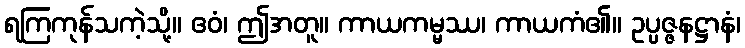
ရကြကုန်သကဲ့သို့။ ဧဝံ၊ ဤအတူ။ ကာယကမ္မဿ၊ ကာယကံ၏။ ဥပ္ပဇ္ဇနဋ္ဌာနံ၊